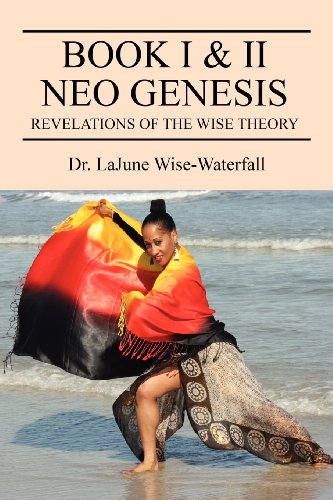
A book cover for Book I & II Neo Genesis: Revelations of the Wise Theory; Lajune Wise-Waterfall; Christian Books & Bibles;